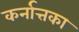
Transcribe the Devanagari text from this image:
कर्नात्तका